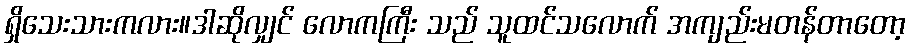
ရှိသေးသားကလား။ဒါဆိုလျှင် လောကကြီး သည် သူထင်သလောက် အကျည်းမတန်တာတော့